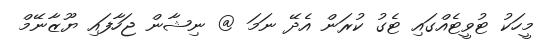
މީހަކު ޓުވީޓެއްގައި ޓެގު ކުރަން އެދޭ ނަމަ @ ނިޝާން ޖަހާފައި ޔޫޒާނޭމް